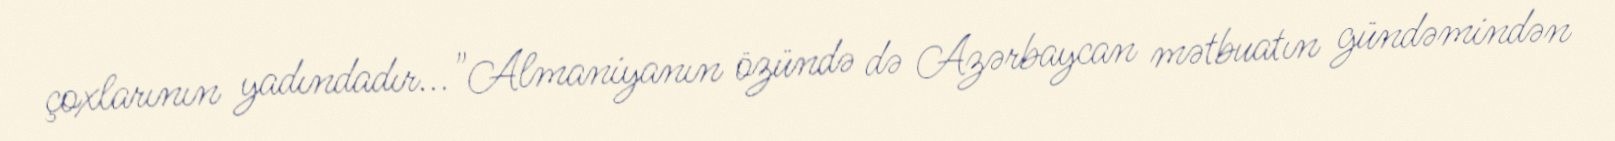
çoxlarının yadındadır..."Almaniyanın özündə də Azərbaycan mətbuatın gündəmindən